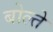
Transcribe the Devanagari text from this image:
बोल्ते